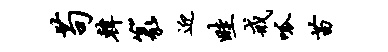
苟韩篆迎畦戒呱苗